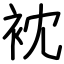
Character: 衴